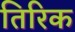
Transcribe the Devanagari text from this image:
तिरिक